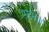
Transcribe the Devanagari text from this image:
एर्डनेज